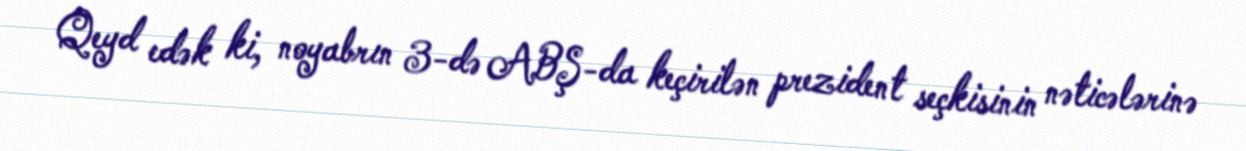
Qeyd edək ki, noyabrın 3-də ABŞ-da keçirilən prezident seçkisinin nəticələrinə